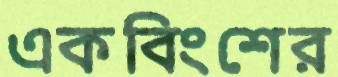
একবিংশের